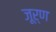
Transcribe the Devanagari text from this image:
जूर्ण